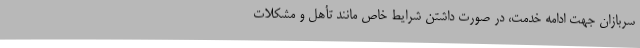
سربازان جهت ادامه خدمت، در صورت داشتن شرایط خاص مانند تأهل و مشکلات